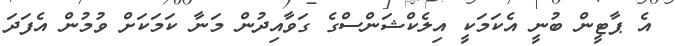
އެ ޕާޓީން ބުނީ އެކަމަކީ އިލެކްޝަންސްގެ ގަވާއިދުން މަނާ ކަމަކަށް ވުމުން އެފަދަ